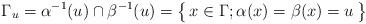
LaTeX: \begin{align*} \Gamma_u=\alpha^{-1}(u)\cap\beta^{-1}(u) =\bigl\{\,x\in\Gamma;\alpha(x)=\beta(x)=u\,\bigr\} \end{align*}